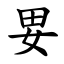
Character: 㚻